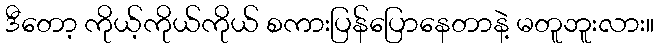
ဒီတော့ ကိုယ့်ကိုယ်ကိုယ် စကားပြန်ပြောနေတာနဲ့ မတူဘူးလား။